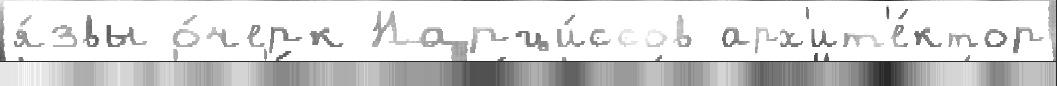
я́звы о́черк Нарци́ссов арх'ит'е́ктор